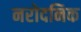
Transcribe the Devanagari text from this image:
नरोदनिक